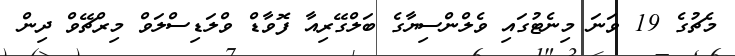
މެޗުގެ 19 ވަނަ މިނެޓުގައި ވެލްންސިޔާގެ ބަލްގޭރިއާ ފޮވާޑް ވްލަޑިސްލަވް މިރްޗޭވް ދިން